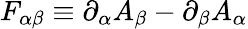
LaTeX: F_{\alpha\beta}\equiv\partial_{\alpha}A_{\beta}-\partial_{\beta}A_{\alpha}